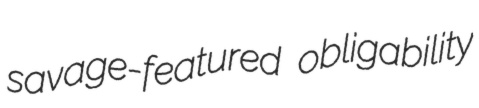
savage-featured obligability